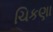
ચિકણા